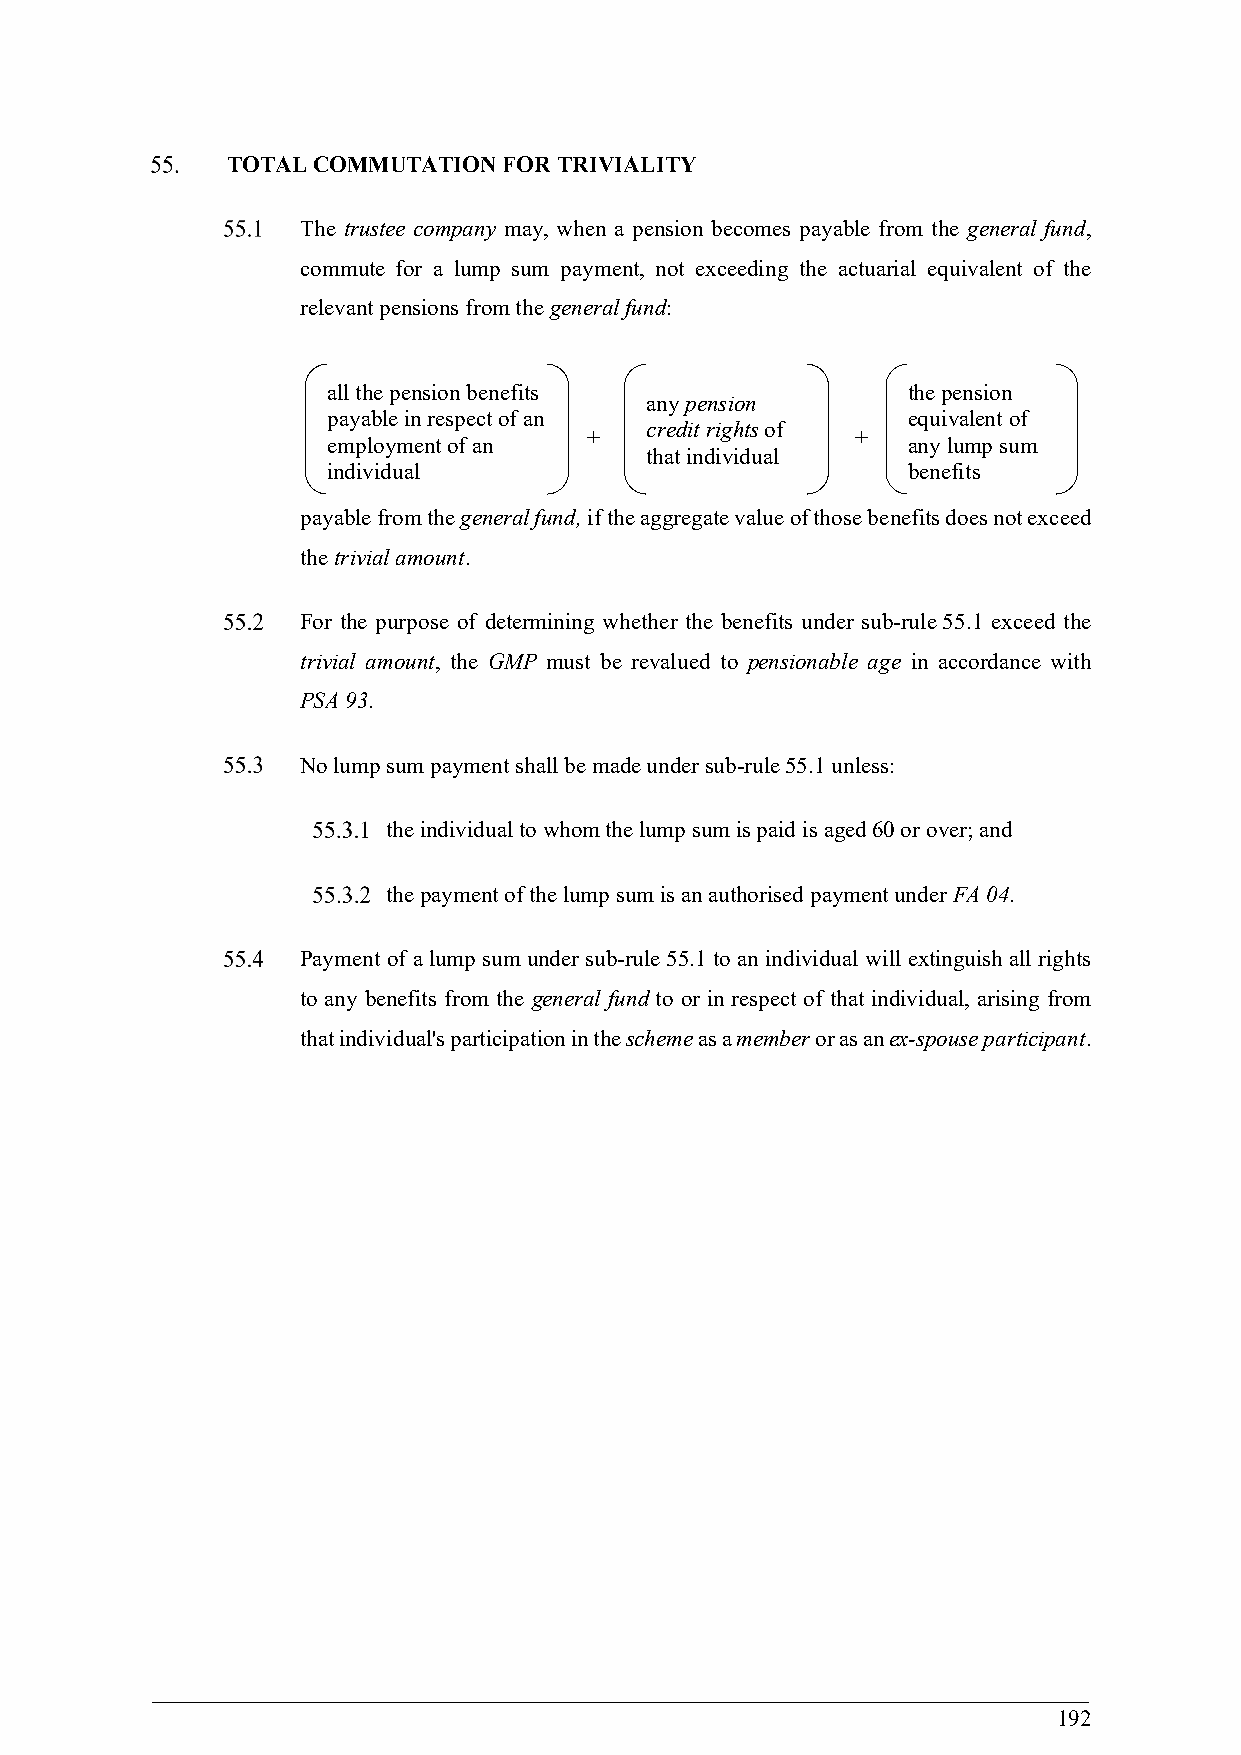
TOTAL COMMUTATION FOR TRIVIALITY
 The trustee company may, when a pension becomes payable from the general fund,
 commute for a lump sum payment, not exceeding the actuarial equivalent of the
 relevant pensions from the general fund:
 all the pension benefits              the pension
 any pension
 payable in respect of an              equivalent of
 credit rights of
 +                 +
 employment of an                      any lump sum
 that individual
 individual                            benefits
 payable from the general fund, if the aggregate value of those benefits does not exceed
 the trivial amount.
 For the purpose of determining whether the benefits under sub-rule 55.1 exceed the
 trivial amount, the GMP must be revalued to pensionable age in accordance with
 PSA 93.
 No lump sum payment shall be made under sub-rule 55.1 unless:
 the individual to whom the lump sum is paid is aged 60 or over; and
 the payment of the lump sum is an authorised payment under FA 04.
 Payment of a lump sum under sub-rule 55.1 to an individual will extinguish all rights
 to any benefits from the general fund to or in respect of that individual, arising from
 that individual's participation in the scheme as a member or as an ex-spouse participant.
 192